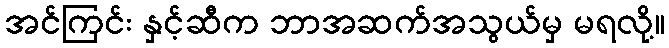
အင်ကြင်း နှင့်ဆီက ဘာအဆက်အသွယ်မှ မရလို့။